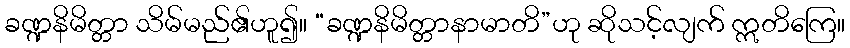
ခဏ္ဍနိမိတ္တာ သိမ်မည်၏ဟူ၍။ “ခဏ္ဍနိမိတ္တာနာမာတိ”ဟု ဆိုသင့်လျက် ဣတိကြေ။